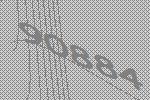
90884